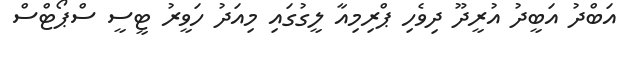
އަބްދު އަބީދު އުރީދޫ ދިވެހި ޕްރިމިއާ ލީގުގައި މިއަދު ހަވީރު ޓީސީ ސްޕޯޓްސް